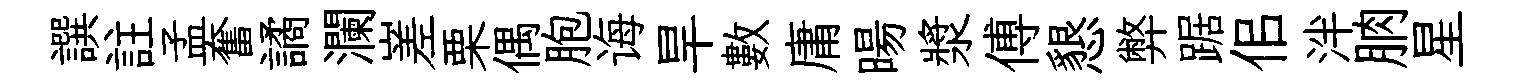
譔註孟奮譎瀾嵳栗偶胞诲旱數庸暘漿傅懇弊踞佀泮朒星